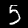
Digit: 5